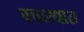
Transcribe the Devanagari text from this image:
वचारधारा